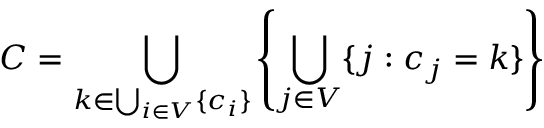
C = \bigcup _ { k \in \bigcup _ { i \in V } \{ c _ { i } \} } \left\{ \bigcup _ { j \in V } \{ j : c _ { j } = k \} \right\}